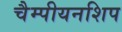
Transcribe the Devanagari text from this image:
चैम्पीयनशिप